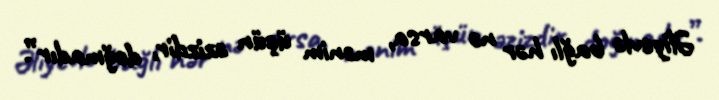
Əliyevlə bağlı hər nə varsa, mənim üçün əzizdir, doğmadır”.